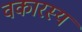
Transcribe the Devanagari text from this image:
वकारस्य